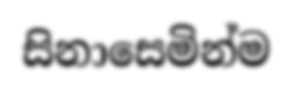
සිනාසෙමින්ම